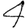
Digit: 4